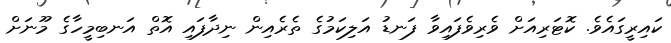
ކައިރީގައެވެ. ކޮޓަރިއަށް ވެރިވެފައިވާ ފަނޑު އަލިކަމުގެ ތެރެއިން ނިދާފައި އޮތް އަނބިމީހާގެ މޫނަށް